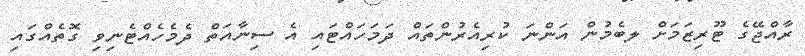
ރާއްޖޭގެ ޓޫރިޒަމަށް ލބެމުން އަންނަ ކުރިއެރުންތައް ދަމަހައްޓައި އެ ސިނާއަތް ދެމެހެއްޓެނިވި ގޮތެއްގައި